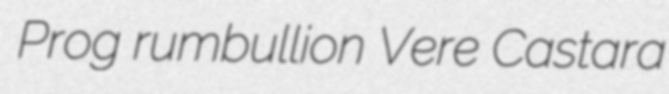
Prog rumbullion Vere Castara